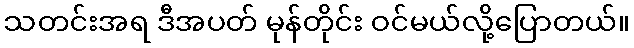
သတင်းအရ ဒီအပတ် မုန်တိုင်း ဝင်မယ်လို့ပြောတယ်။